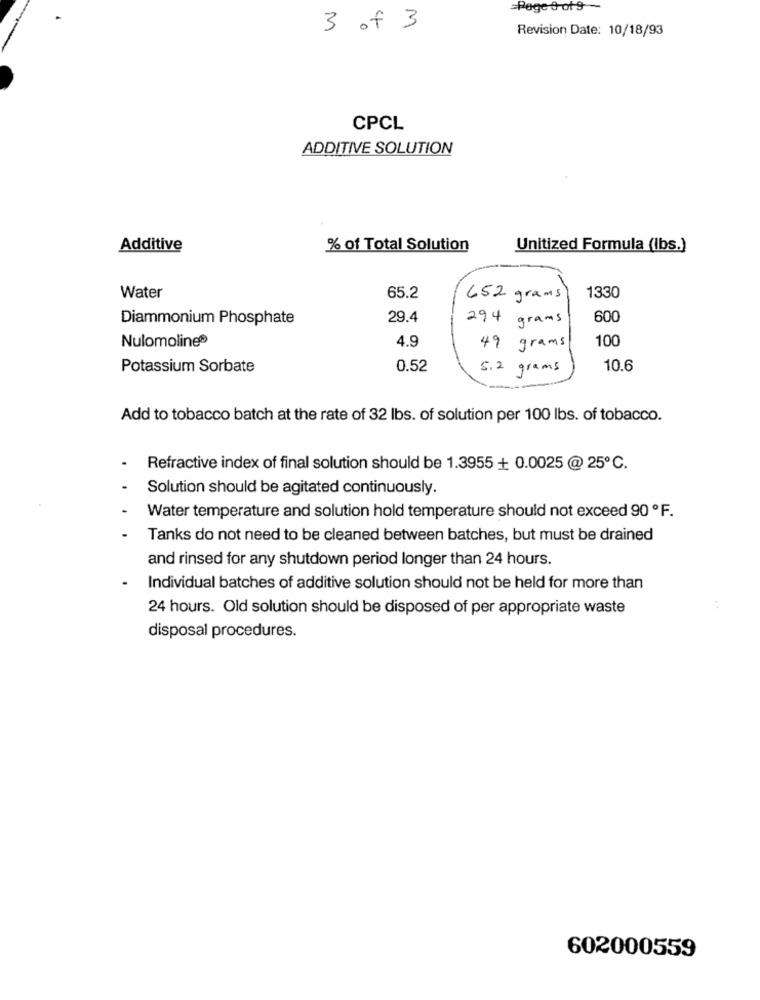
=Page &-of-9
3 of 3
Revision Date: 10/18/93
CPCL
ADDITIVE SOLUTION
Additive
% of Total Solution
Unitized Formula (Ibs.)
Water
65.2
652 grams
1330
Diammonium Phosphate
29.4
294 grams
600
Nulomoline®
4.9
100
49 grams
Potassium Sorbate
0.52
5.2 grams
10.6
Add to tobacco batch at the rate of 32 lbs. of solution per 100 lbs. of tobacco.
Refractive index of final solution should be 1.3955 + 0.0025 @ 25℃.
Solution should be agitated continuously.
Water temperature and solution hold temperature should not exceed 90 ºF.
Tanks do not need to be cleaned between batches, but must be drained
and rinsed for any shutdown period longer than 24 hours.
Individual batches of additive solution should not be held for more than
24 hours. Old solution should be disposed of per appropriate waste
. .
disposal procedures.
602000559